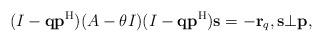
LaTeX: \begin{align*}(I-{\bf q}{\bf p}^{\rm H})(A-\theta I)(I-{\bf q}{\bf p}^{\rm H}){\bf s}=-{\bf r}_q,{\bf s}\bot{\bf p},\end{align*}